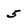
Character: 5